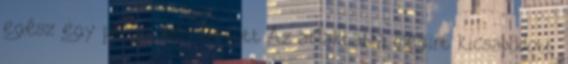
egész egy percig sem tartott Az ablaktábla megint kicsapódott